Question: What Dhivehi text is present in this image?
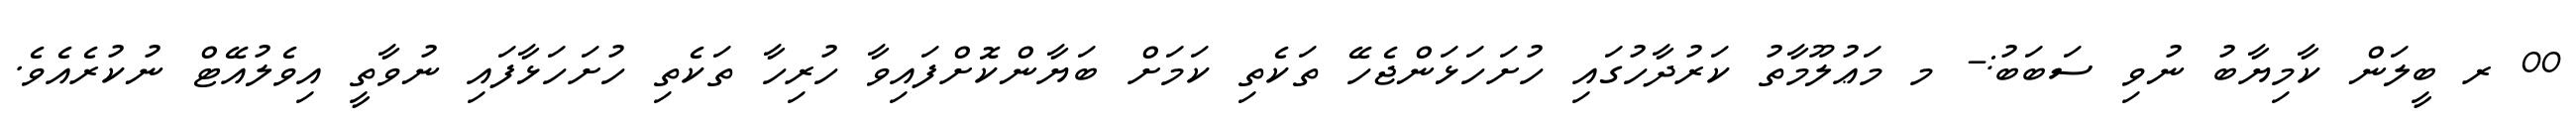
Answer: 00 ރ ބީލަން ކާމިޔާބު ނުވި ސަބަބު:- މ މަޢުލޫމާތު ކަރުދާހުގައި ހުށަހަޅަންޖެހޭ ތަކެތި ކަމަށް ބަޔާންކޮށްފައިވާ ހުރިހާ ތަކެތި ހުށަހަޅާފައި ނުވާތީ އިވެލުއޭޓް ނުކުރެއެވެ.